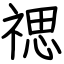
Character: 禗